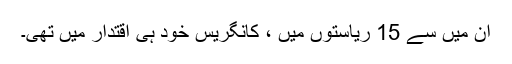
ان میں سے 15 ریاستوں میں ، کانگریس خود ہی اقتدار میں تھی۔